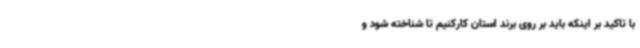
با تاکید بر اینکه باید بر روی برند استان کارکنیم تا شناخته شود و